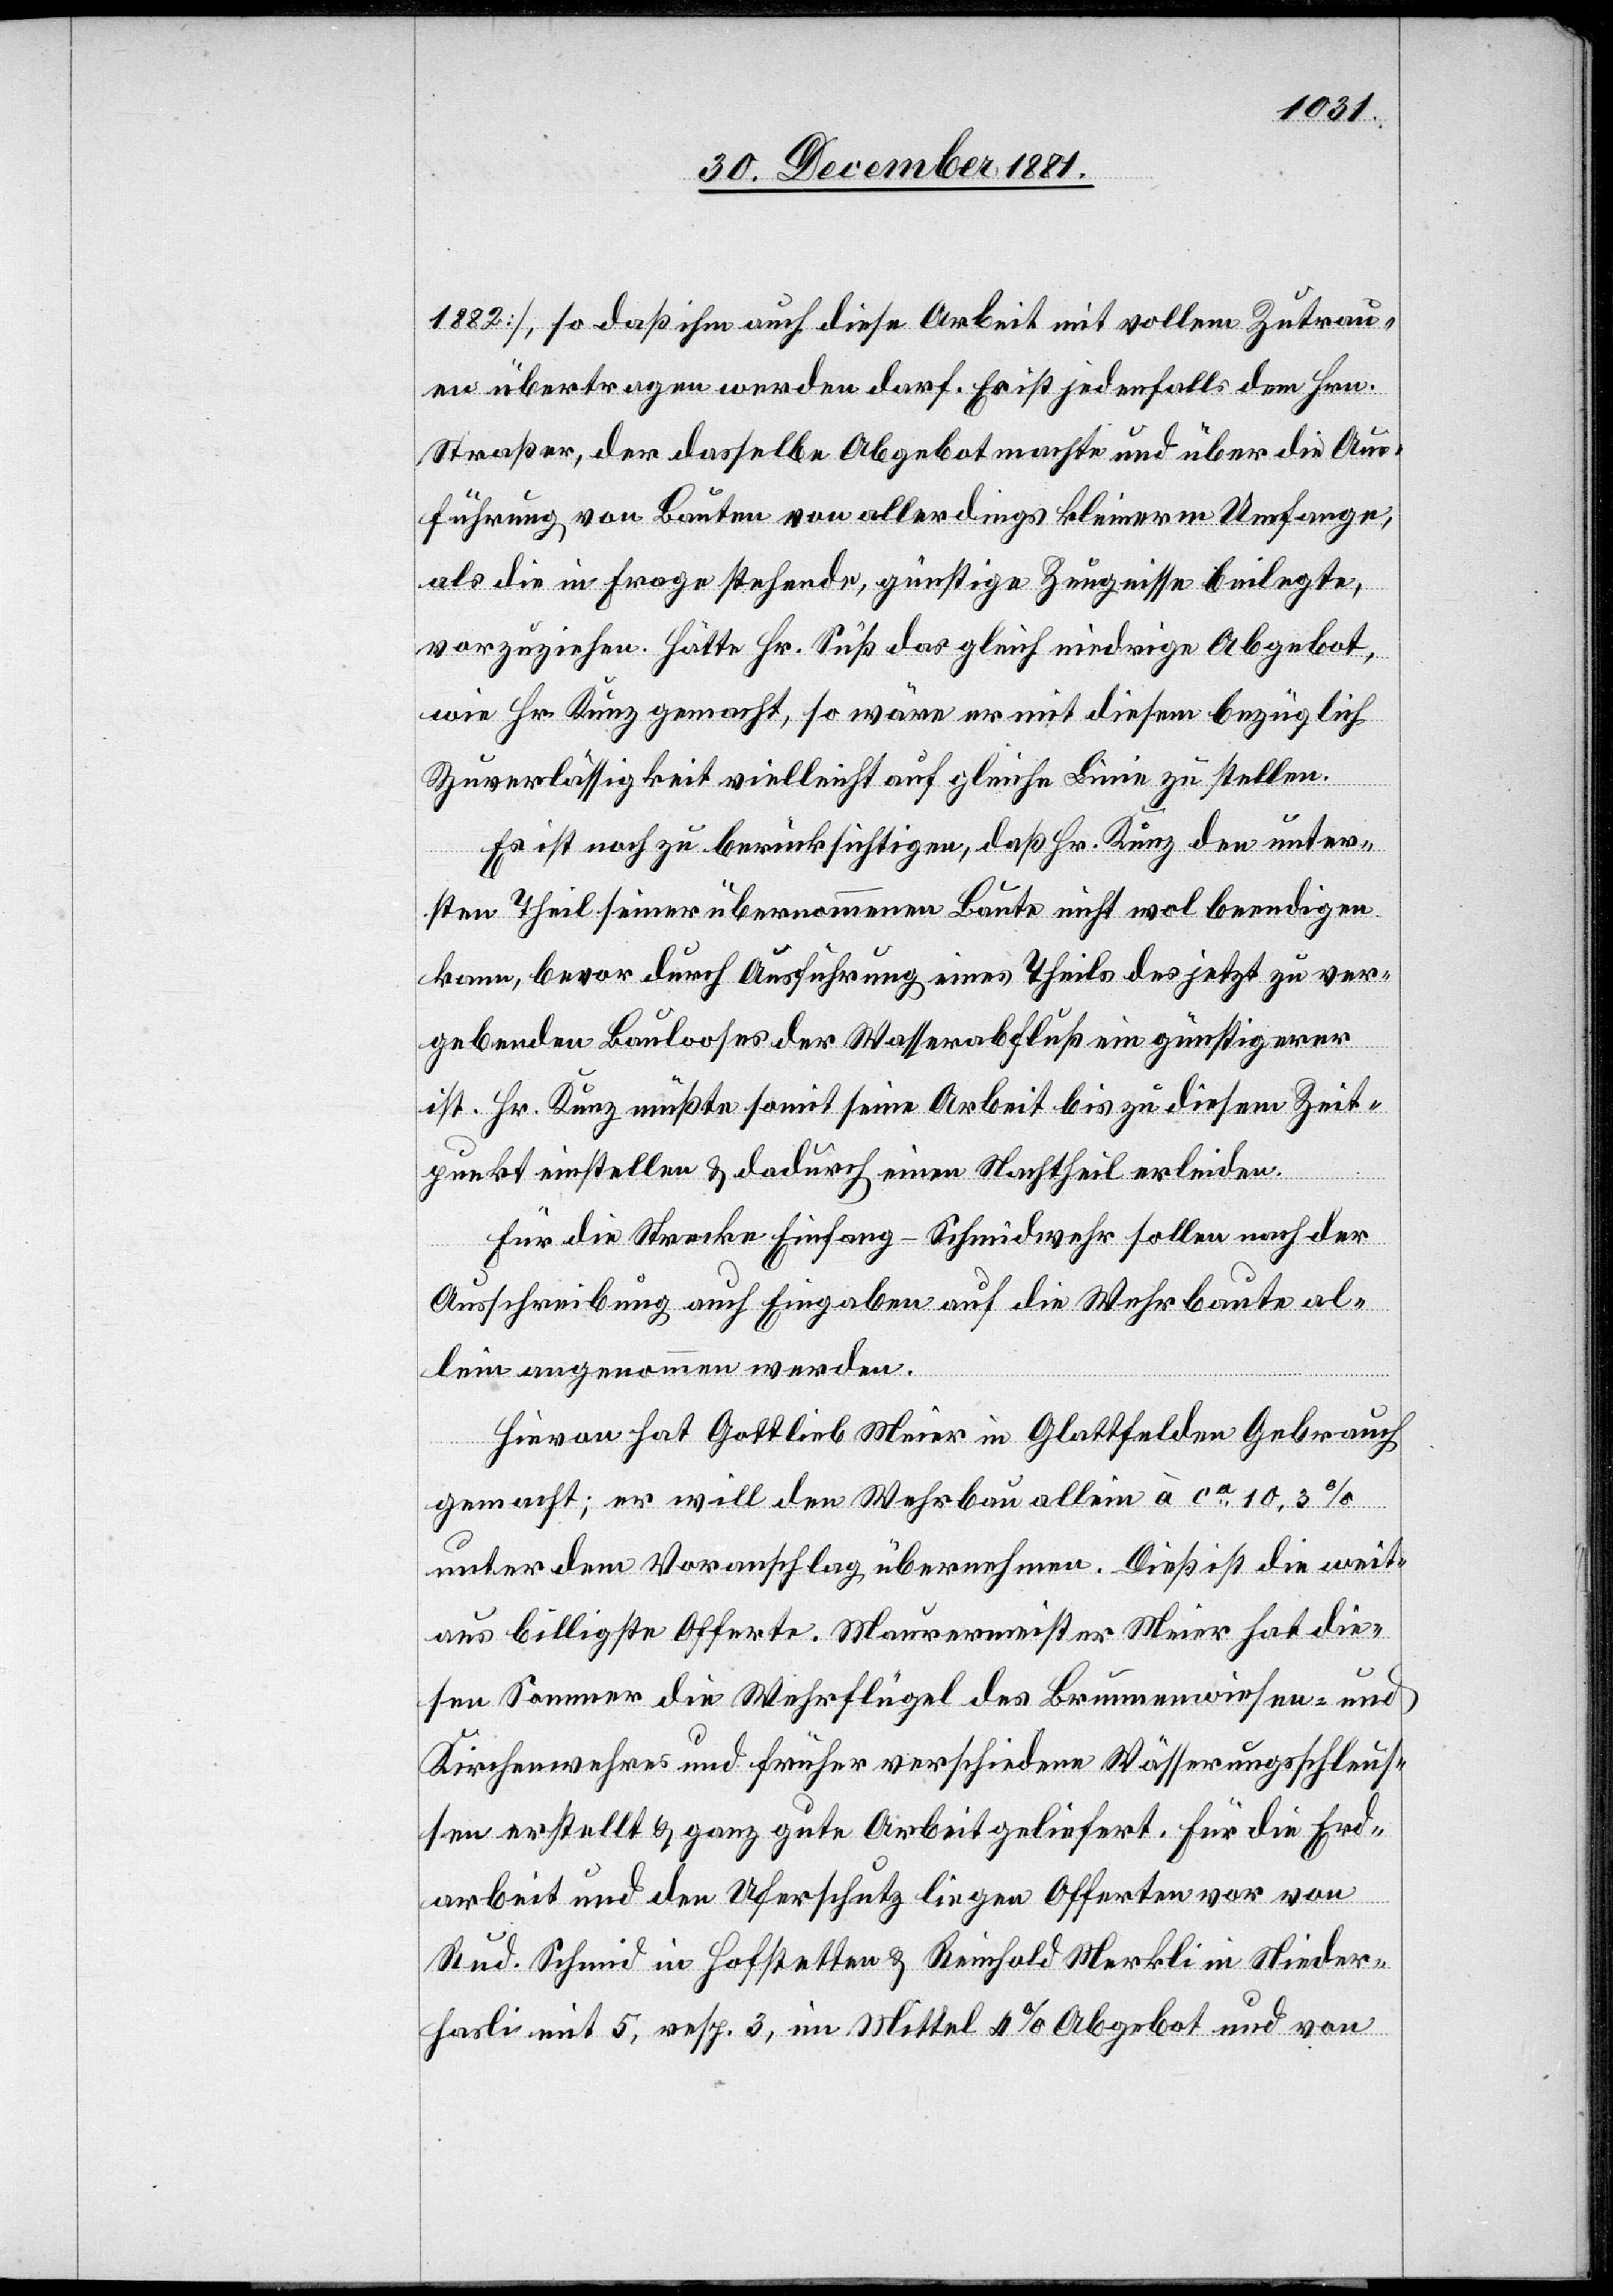
1882], so daß ihm auch diese Arbeit mit vollem Zutrau¬
en übertragen werden darf. Er ist jedenfalls dem Hrn.
Straßer, der dasselbe Abgebot machte und über die Aus¬
führung von Bauten von allerdings kleinern Umfange,
als die in Frage stehende, günstige Zeugnisse beilegte,
vorzuziehen. Hätte Hr. Suß das gleich niedrige Abgebot,
wie Hr. Kunz gemacht, so wäre er mit diesem bezüglich
Zuverlässigkeit vielleicht auf gleiche Linie zu stellen.
Es ist noch zu berücksichtigen, daß Hr. Kunz den unter¬
sten Theil seiner übernommenen Baute nicht wol beendigen
kann, bevor durch Ausführung eines Theils des jetzt zu ver¬
gebenden Baulooses der Wasserabfluß ein günstigerer
ist. Hr. Kunz müßte somit seine Arbeit bis zu diesem Zeit¬
punkt einstellen & dadurch einen Nachtheil erleiden.
Für die Strecke Einfang–Schmidwehr sollen nach der
Ausschreibung auch Eingaben auf die Wehrbaute al¬
lein angenommen werden.
Hievon hat Gottlieb Meier in Glattfelden Gebrauch
gemacht; er will den Wehrbau allein à ca 10,3%
unter dem Voranschlag übernehmen. Dieß ist die weit¬
aus billigste Offerte. Maurermeister Meier hat die¬
sen Sommer die Wehrflügel des Brunnenwiesen- und
Kirchenwehrs und früher verschiedene Wässerungsschleus¬
en erstellt & ganz gute Arbeit geliefert. Für die Erd¬
arbeit und den Uferschutz liegen Offerten vor und
Rud. Schmid in Hofstetten & Reinhold Merkli in Nieder¬
hasli mit 5, resp. 3, im Mittel 4% Abgebot und von